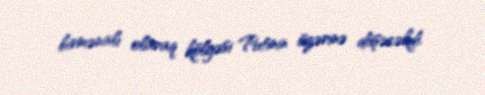
birmənalı olaraq kölgəsi Putinin üzərinə düşəcəkdi.